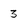
Character: 3